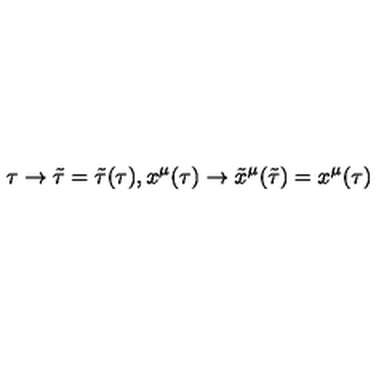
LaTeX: \tau \rightarrow \tilde { \tau } = \tilde { \tau } ( \tau ) , x ^ { \mu } ( \tau ) \rightarrow \tilde { x } ^ { \mu } ( \tilde { \tau } ) = x ^ { \mu } ( \tau )